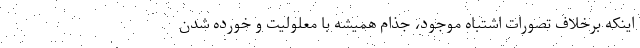
اینکه برخلاف تصورات اشتباه موجود، جذام همیشه با معلولیت و خورده شدن